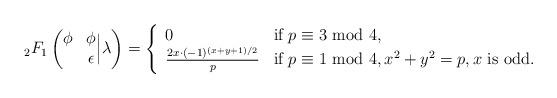
LaTeX: \begin{align*}{_2F_1}\left(\begin{matrix} \phi&\phi \\ {} & \epsilon \end{matrix}\Big| \lambda\right)=\left\{\begin{array}{ll}0 & \textrm{if } p\equiv 3 \textrm{ mod }4, \\\frac{2x\cdot(-1)^{(x+y+1)/2}}{p} & \textrm{if } p\equiv 1\textrm{ mod }4,x^2+y^2=p, x\textrm{ is odd}. \end{array}\right.\end{align*}